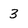
Character: 3